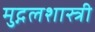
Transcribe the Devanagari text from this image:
मुद्गलशास्त्री